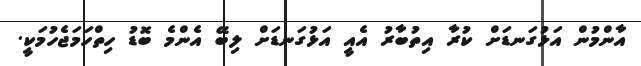
އާންމުން އަޅުގަނޑަށް ކުރާ އިތުބާރު އެއީ އަޅުގަނޑަށް ލިބޭ އެންމެ ބޮޑު ހިތްހަމަޖެހުމަކީ.